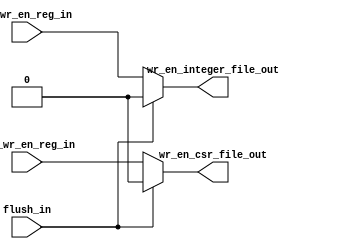
module msrv32_wr_en_generator (
    input flush_in,
    input rf_wr_en_reg_in,
    input csr_wr_en_reg_in,
    output wr_en_integer_file_out,
    output wr_en_csr_file_out
);

    // If flush_in is asserted, disable write to the integer file
    // else follow rf_wr_en_reg_in
    assign wr_en_integer_file_out = (flush_in) ? 1'b0 : rf_wr_en_reg_in;

    // If flush_in is asserted, disable write to the CSR file
    // else follow csr_wr_en_reg_in
    assign wr_en_csr_file_out = (flush_in) ? 1'b0 : csr_wr_en_reg_in;

endmodule